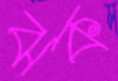
ঝক